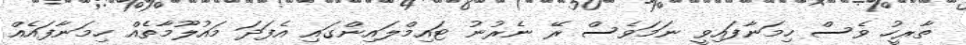
ތާރީހު ވެސް ހިމަނާފައިވީ ނަމަވެސް ރޭ ނެރުނު ޓައިމްލައިންގައި އެފަދަ މައުލޫމާތެއް ހިމަނާފައެއް